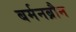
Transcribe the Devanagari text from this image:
बर्मनब्रौन